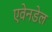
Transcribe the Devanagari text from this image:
एवेनडेल